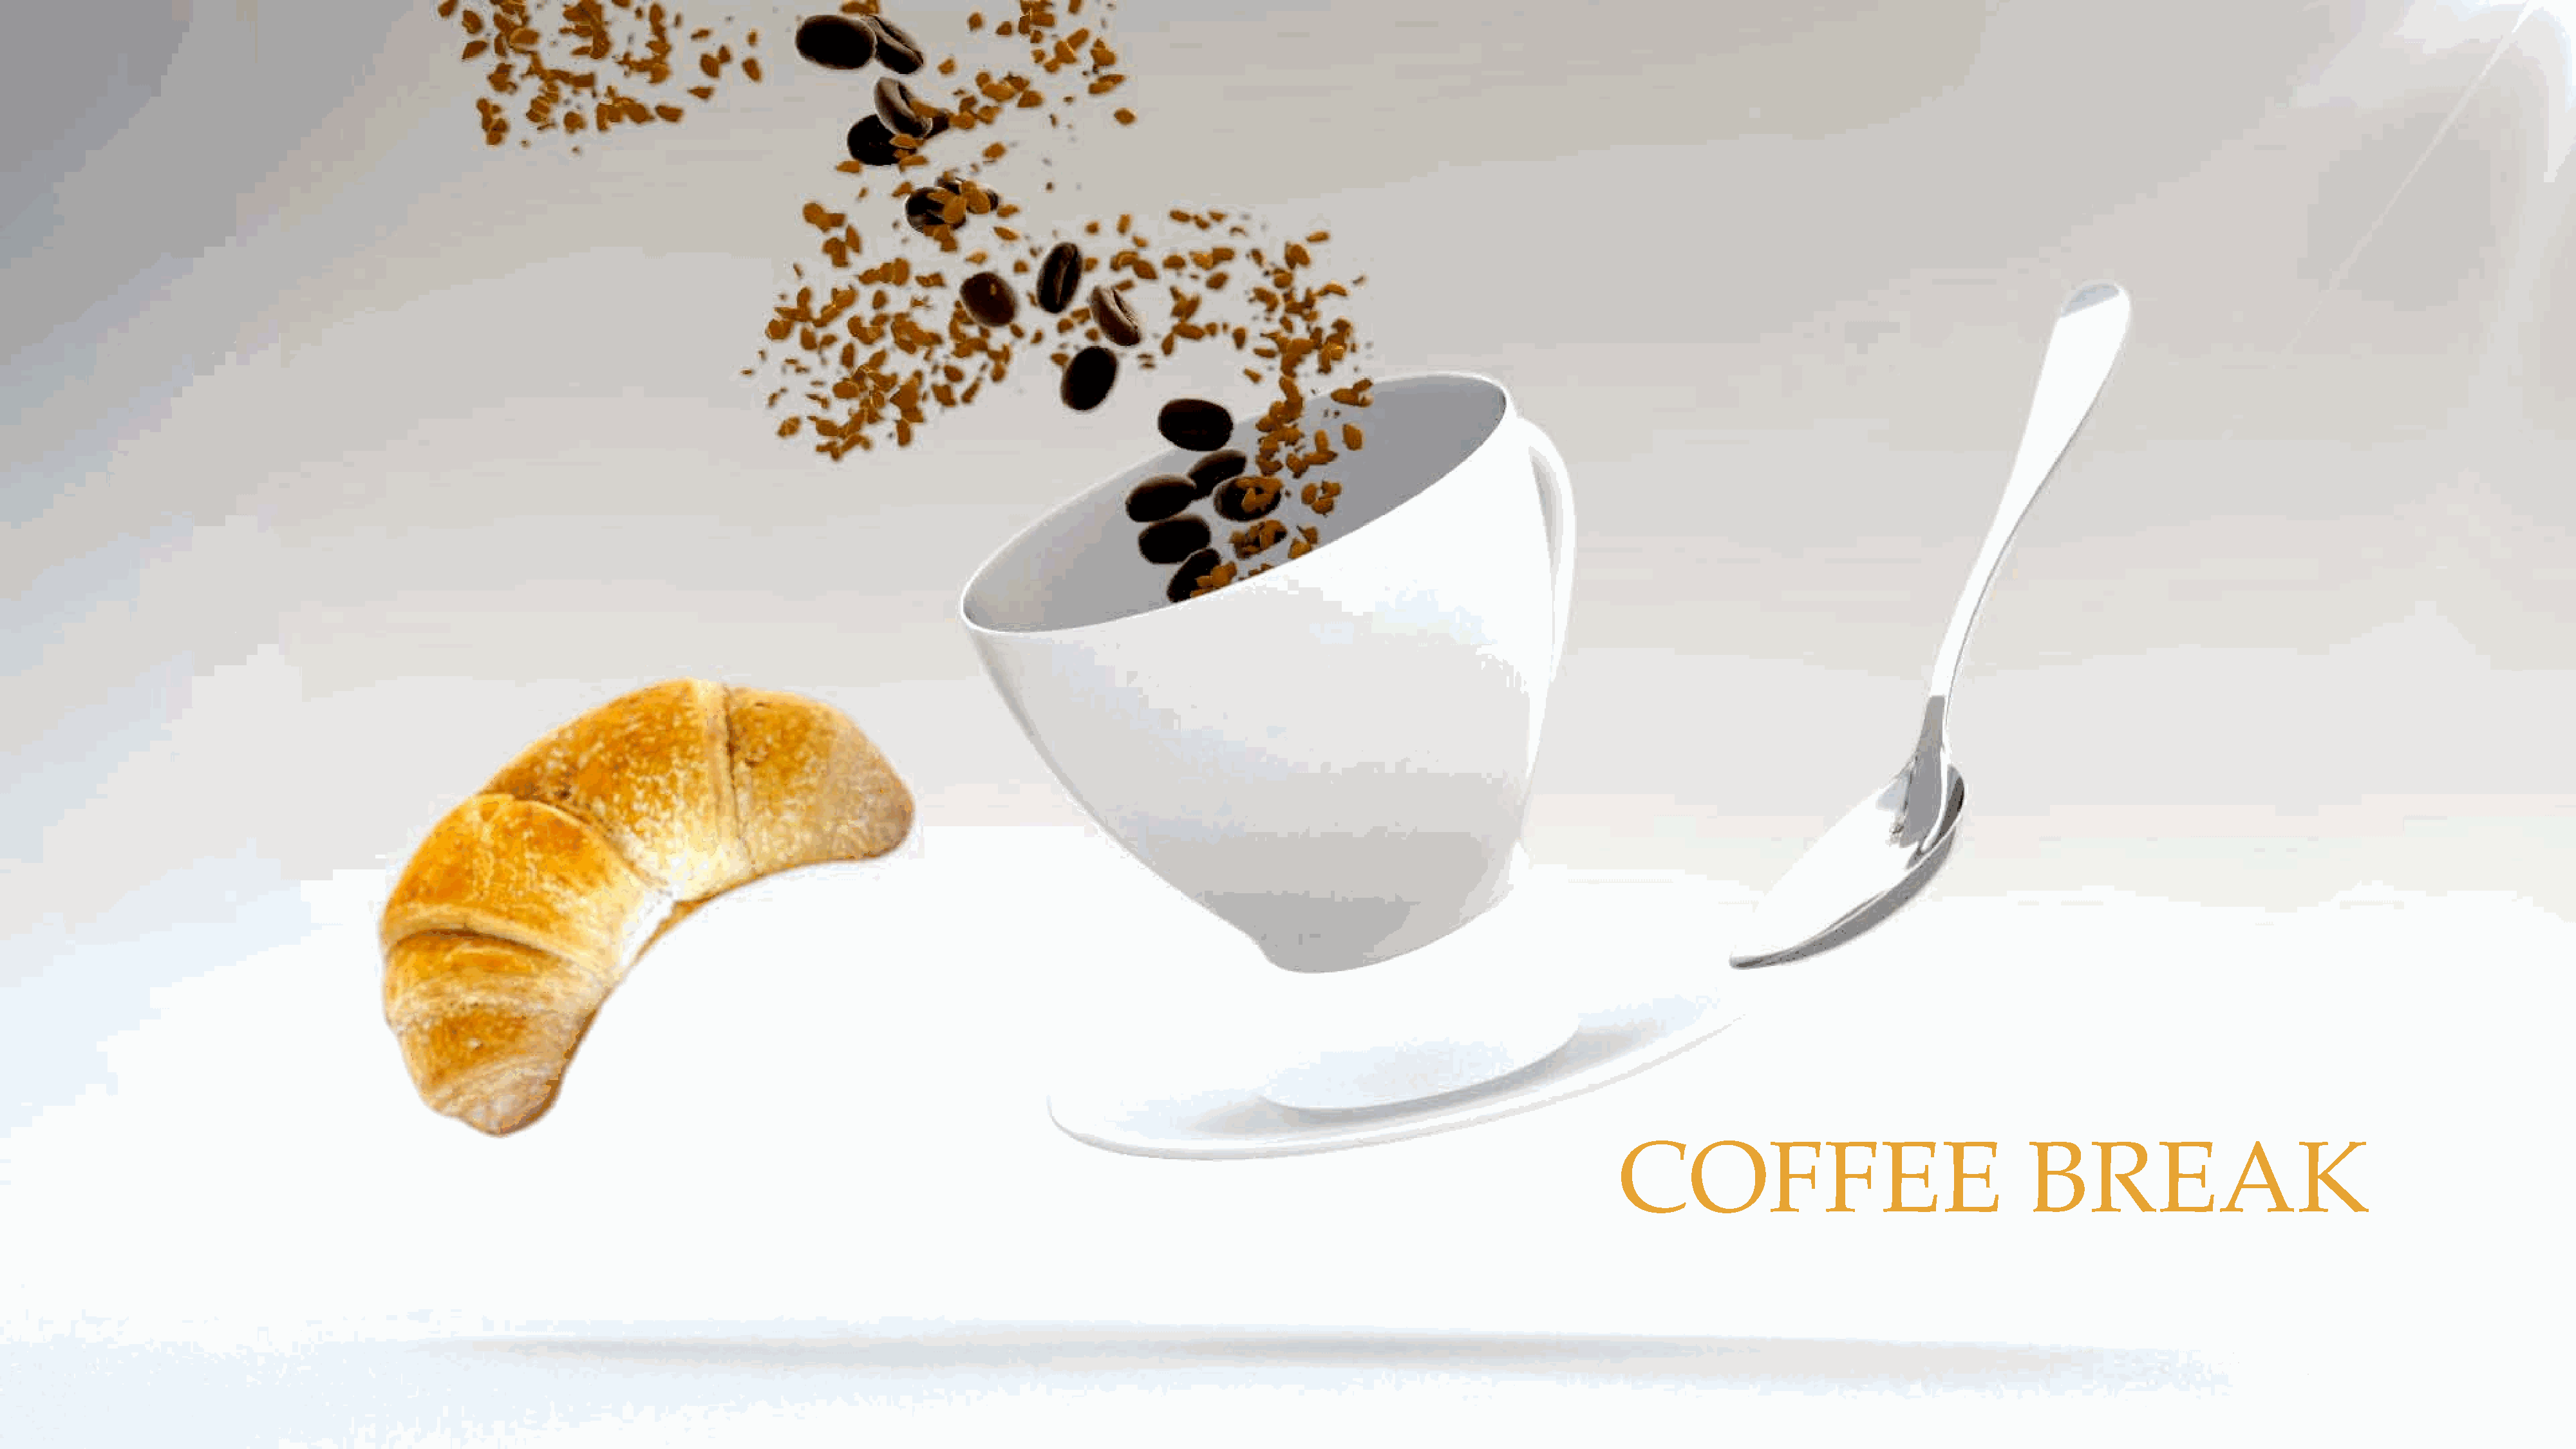
COFFEE                                     BREAK